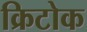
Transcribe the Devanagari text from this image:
क्रिटोक